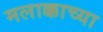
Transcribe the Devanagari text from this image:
मलाक्काच्या